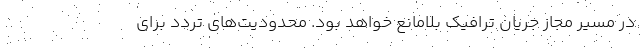
در مسیر مجاز جریان ترافیک بلامانع خواهد بود. محدودیت‌های تردد برای